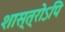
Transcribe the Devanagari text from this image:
शास्त्रोऽपि